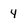
Character: 4